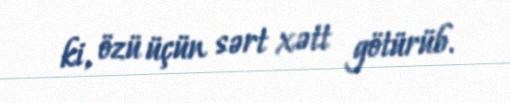
ki, özü üçün sərt xətt götürüb.